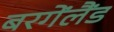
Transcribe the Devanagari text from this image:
बरगेंलैंड